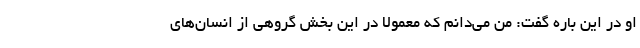
او در این باره گفت: من می‌دانم که معمولا در این بخش گروهی از انسان‌های